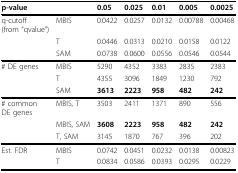
| <COLSPAN=2> p-value | 0.05 | 0.025 | 0.01 | 0.005 | 0.0025 |
 | --- | --- | --- | --- | --- | --- | --- |
 | q-cutoff(from "qvalue") | MBIS | 0.0422 | 0.0257 | 0.0132 | 0.00788 | 0.00468 |
 |  | T | 0.0446 | 0.0313 | 0.0210 | 0.0158 | 0.0122 |
 |  | SAM | 0.0738 | 0.0600 | 0.0556 | 0.0546 | 0.0544 |
 | # DE genes | MBIS | 5290 | 4352 | 3383 | 2835 | 2383 |
 |  | T | 4355 | 3096 | 1849 | 1230 | 792 |
 |  | SAM | 3613 | 2223 | 958 | 482 | 242 |
 | # commonDE genes | MBIS, T | 3503 | 2411 | 1371 | 890 | 556 |
 |  | MBIS, SAM | 3608 | 2223 | 958 | 482 | 242 |
 |  | T, SAM | 3145 | 1870 | 767 | 396 | 202 |
 | Est. FDR | MBIS | 0.0742 | 0.0451 | 0.0232 | 0.0138 | 0.00823 |
 |  | T | 0.0834 | 0.0586 | 0.0393 | 0.0295 | 0.0229 |